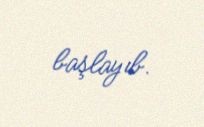
başlayıb.